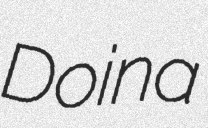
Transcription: Doina